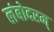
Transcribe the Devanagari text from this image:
लंबोदरम्